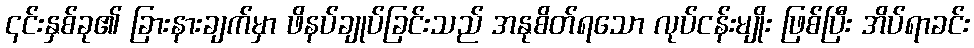
၎င်းနှစ်ခု၏ ခြားနားချက်မှာ ဖိနပ်ချုပ်ခြင်းသည် အနုစိတ်ရသော လုပ်ငန်းမျိုး ဖြစ်ပြီး အိပ်ရာခင်း